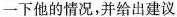
一下他的情况，并给出建议。